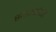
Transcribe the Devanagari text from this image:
सप्ताहांची